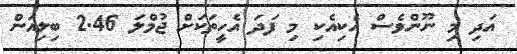
އަދި މި ނޫންވެސް އެކިއެކި މި ފަދަ އެހީތަކަށް ޖުމްލަ 2.46 ބިލިއަން